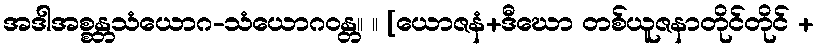
အဒါအစ္စန္တသံယောဂ-သံယောဂဝန္တ။ ။ [ယောဇနံ+ဒီဃော တစ်ယူဇနာတိုင်တိုင် +